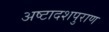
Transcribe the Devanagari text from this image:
अष्टादशपुराण